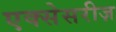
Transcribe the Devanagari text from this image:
एक्सेसरीज़